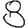
Digit: 8